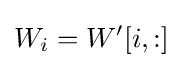
W_{i}=W'[i,:]